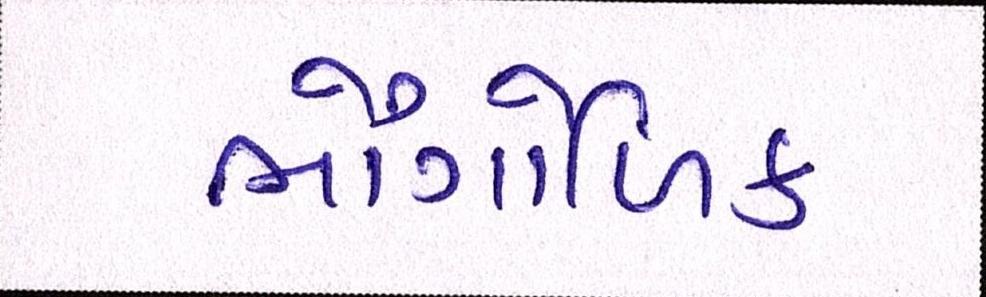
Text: ભૌગોળિક